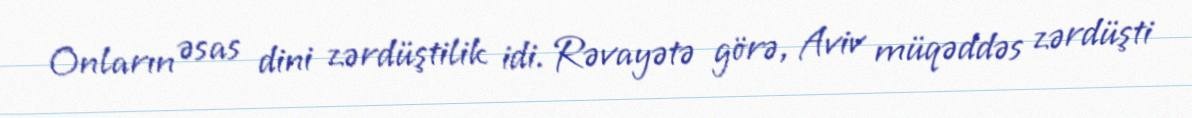
Onların əsas dini zərdüştilik idi. Rəvayətə görə, Aviv müqəddəs zərdüşti